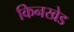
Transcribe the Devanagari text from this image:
किनखेड